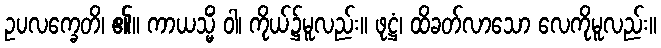
ဥပလက္ခေတိ၊ ၏။ ကာယသ္မိံ ဝါ၊ ကိုယ်၌မူလည်း။ ဖုဋ္ဌံ၊ ထိခတ်လာသော လေကိုမူလည်း။